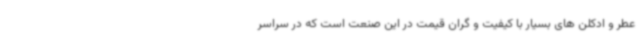
عطر و ادکلن های بسیار با کیفیت و گران قیمت در این صنعت است که در سراسر